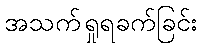
အသက်ရှုရခက်ခြင်း